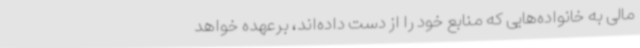
مالی به خانواده‌هایی که منابع خود را از دست داده‌اند، برعهده خواهد